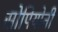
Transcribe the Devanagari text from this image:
सोपियोनी